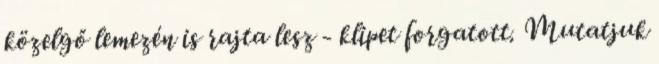
közelgő lemezén is rajta lesz - klipet forgatott. Mutatjuk